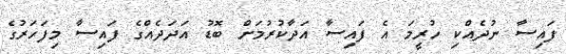
ފައިސާ ނުދެއްކި ހުރީމަ އެ ފައިސާ އަދާކުރުމަށް ބޮޑު އަދަދެއްގެ ފައިސާ މިފަހަރުގެ